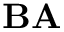
\mathbf { B } \mathbf { A }